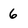
Character: 6